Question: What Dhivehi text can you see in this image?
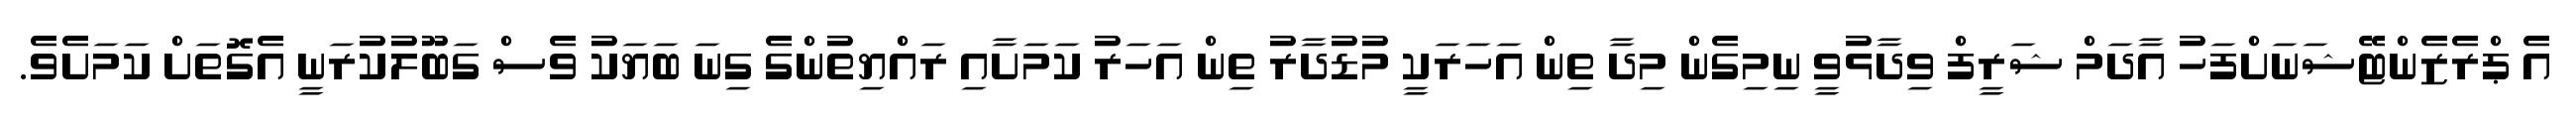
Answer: އެ ޕްރެޒެންޓޭޝަނަށްފަހު އާދަމް ޝަރީފް ވިދާޅުވީ ނިމިގެން މިދާ ތިން އަހަރަކީ މުޑުދާރު ތިން އަހަރު ކަމަށާއި ރައްޔިތުންގެ ގިނަ ބަޔަކު ވެސް ގަބޫލުކުރަނީ އެގޮތަށް ކަމަށެވެ.